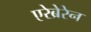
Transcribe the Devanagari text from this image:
एरेब्रेरेन